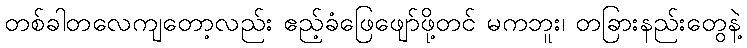
တစ်ခါတလေကျတော့လည်း ဧည့်ခံဖြေဖျော်ဖို့တင် မကဘူး၊ တခြားနည်းတွေနဲ့